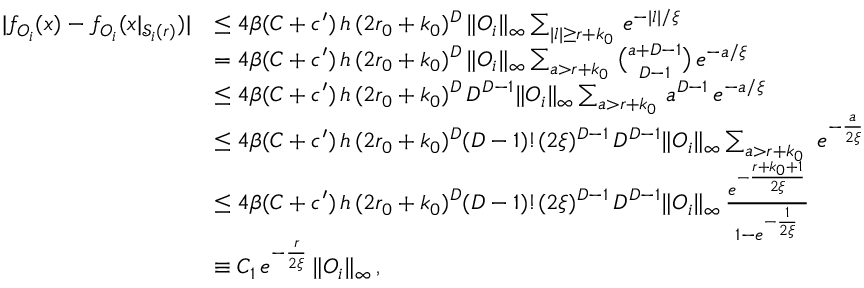
\begin{array} { r l } { | f _ { O _ { i } } ( x ) - f _ { O _ { i } } ( x | _ { \mathcal { S } _ { i } ( r ) } ) | } & { \le 4 \beta ( C + c ^ { \prime } ) \, h \, ( 2 r _ { 0 } + k _ { 0 } ) ^ { D } \, \| O _ { i } \| _ { \infty } \sum _ { | l | \ge r + k _ { 0 } } \, e ^ { - | l | / \xi } } \\ & { = 4 \beta ( C + c ^ { \prime } ) \, h \, ( 2 r _ { 0 } + k _ { 0 } ) ^ { D } \, \| O _ { i } \| _ { \infty } \sum _ { a > r + k _ { 0 } } \, \binom { a + D - 1 } { D - 1 } \, e ^ { - a / \xi } } \\ { \ } & { \le 4 \beta ( C + c ^ { \prime } ) \, h \, ( 2 r _ { 0 } + k _ { 0 } ) ^ { D } \, D ^ { D - 1 } \| O _ { i } \| _ { \infty } \sum _ { a > r + k _ { 0 } } \, a ^ { D - 1 } \, e ^ { - a / \xi } } \\ & { \le 4 \beta ( C + c ^ { \prime } ) \, h \, ( 2 r _ { 0 } + k _ { 0 } ) ^ { D } ( D - 1 ) ! ( 2 \xi ) ^ { D - 1 } \, D ^ { D - 1 } \| O _ { i } \| _ { \infty } \sum _ { a > r + k _ { 0 } } \, \, e ^ { - \frac { a } { 2 \xi } } } \\ & { \le 4 \beta ( C + c ^ { \prime } ) \, h \, ( 2 r _ { 0 } + k _ { 0 } ) ^ { D } ( D - 1 ) ! ( 2 \xi ) ^ { D - 1 } \, D ^ { D - 1 } \| O _ { i } \| _ { \infty } \, \frac { e ^ { - \frac { r + k _ { 0 } + 1 } { 2 \xi } } } { 1 - e ^ { - \frac { 1 } { 2 \xi } } } } \\ & { \equiv C _ { 1 } \, e ^ { - \frac { r } { 2 \xi } } \, \| O _ { i } \| _ { \infty } \, , } \end{array}